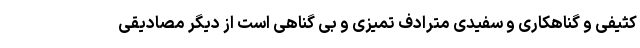
کثیفی و گناهکاری و سفیدی مترادف تمیزی و بی گناهی است از دیگر مصادیقی